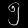
Digit: ၅